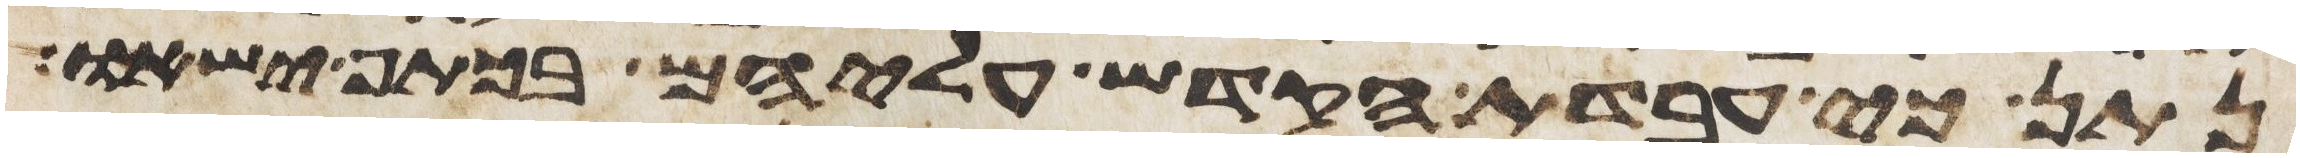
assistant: נתן כי עבדת הקדש עליהם בכתף ישאו